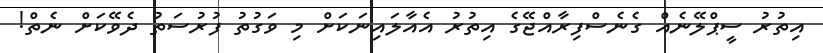
އިތުރު ސީޕްލޭނެއް ގެނެސްފިރާއްޖޭގެ އިތުރު އެއާލައިނަކަށް މި ވަގުތު ފުރުސަތު ދެވޭކަށް ނެތް!